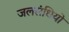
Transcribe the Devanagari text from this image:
जलसंधियों